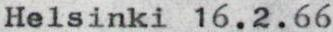
Helsinki 16.2.66